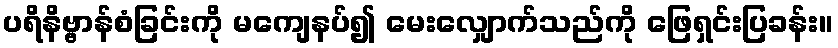
ပရိနိဗ္ဗာန်စံခြင်းကို မကျေနပ်၍ မေးလျှောက်သည်ကို ဖြေရှင်းပြခန်း။